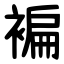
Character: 褊